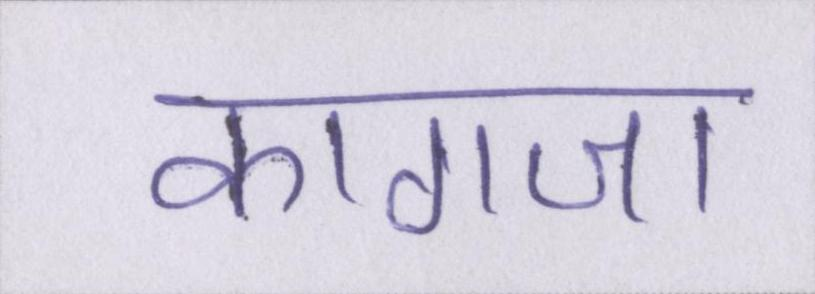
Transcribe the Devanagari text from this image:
कागजा